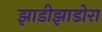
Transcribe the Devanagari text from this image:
झाडीझाडोरा